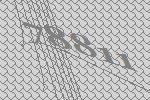
78811